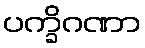
ပက္ခိဂဏာ